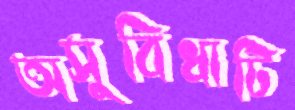
অসুবিধাটি